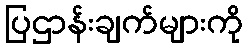
ပြဌာန်းချက်များကို